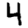
Digit: 4